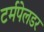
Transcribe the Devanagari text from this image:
टर्मपेलडर